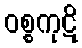
ဝစ္စကုဋိ